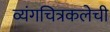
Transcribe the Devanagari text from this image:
व्यंगचित्रकलेची